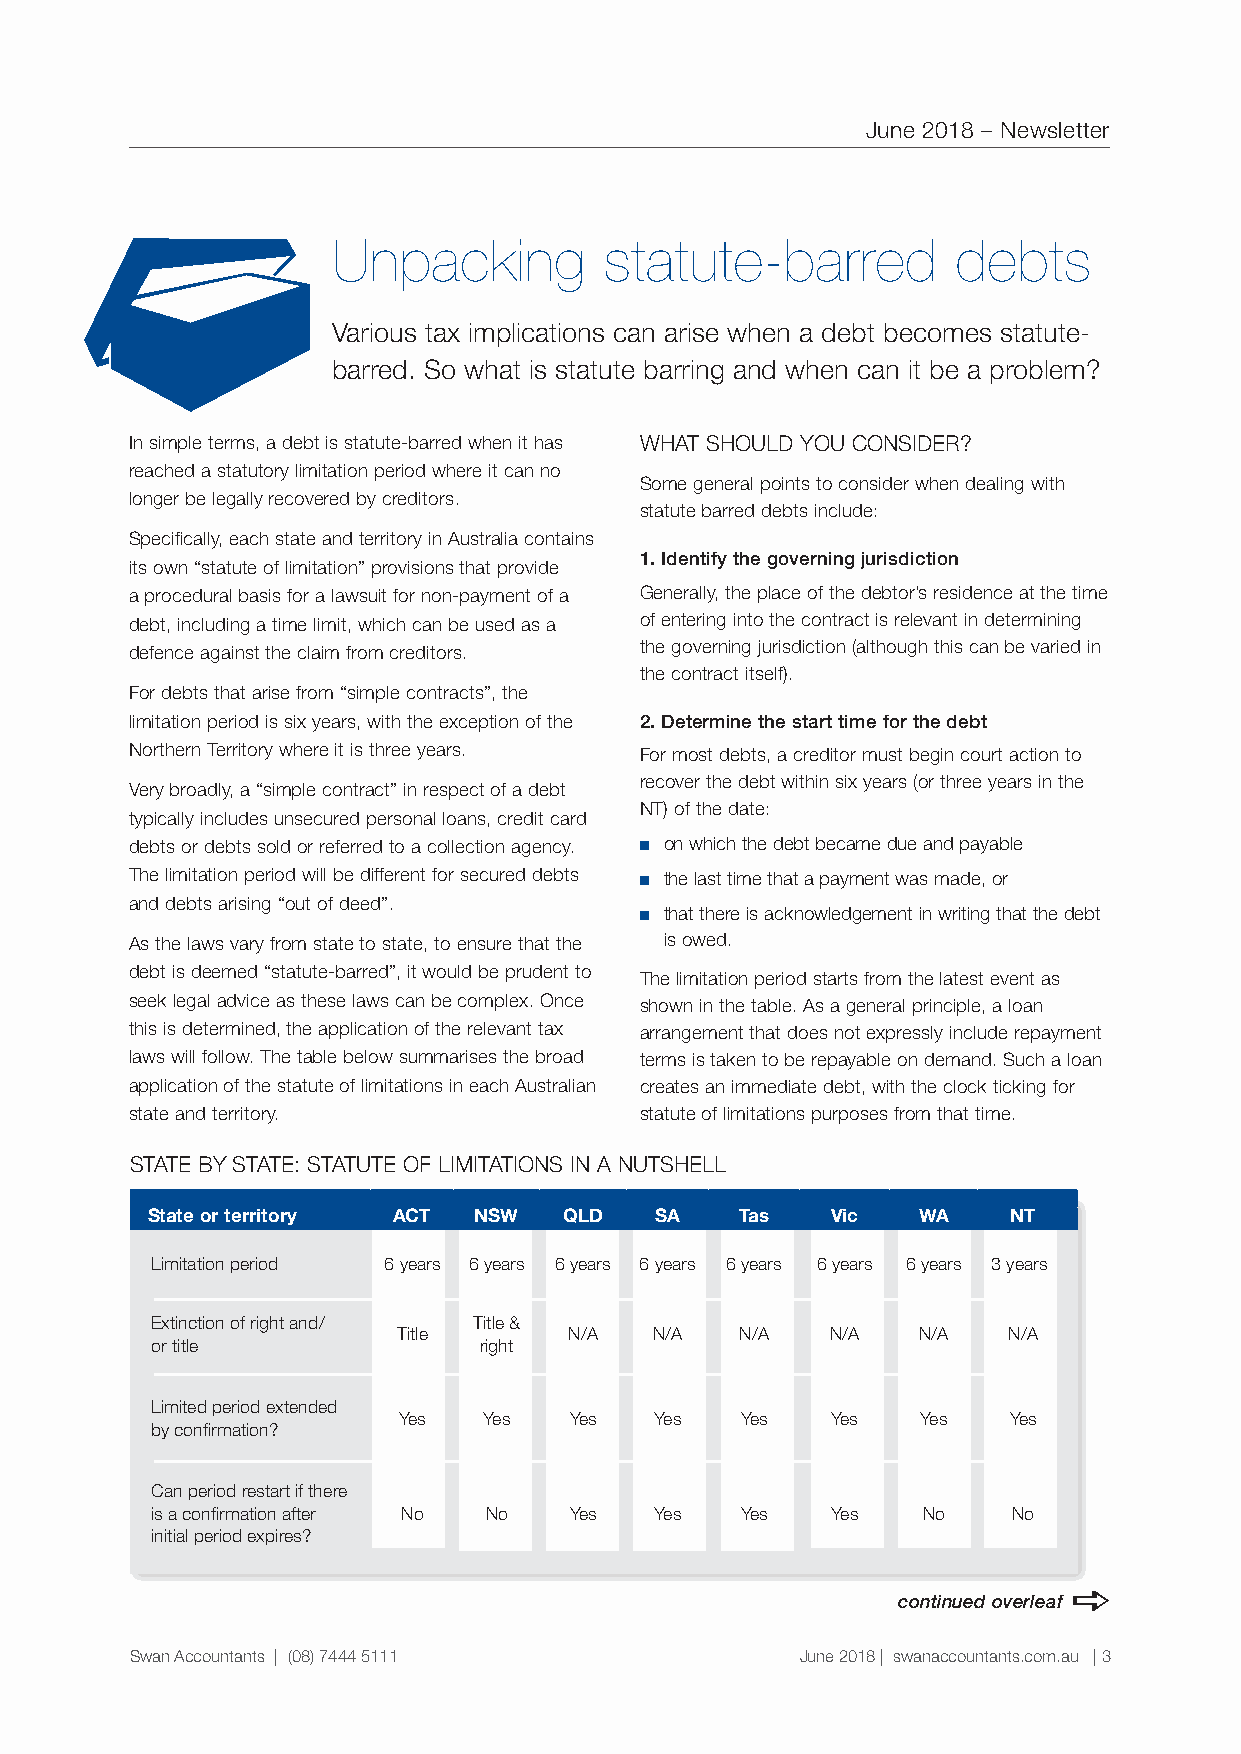
June 2018 – Newsletter
 Unpacking         statute-barred         debts
 Various tax implications can arise when a debt becomes statute-
 barred. So what is statute barring and when can it be a problem?
 In simple terms, a debt is statute-barred when it has WHAT SHOULD YOU CONSIDER?
 reached a statutory limitation period where it can no
 Some general points to consider when dealing with
 longer be legally recovered by creditors.
 statute barred debts include:
 Specifically, each state and territory in Australia contains
 1. Identify the governing jurisdiction
 its own “statute of limitation” provisions that provide
 a procedural basis for a lawsuit for non-payment of a Generally, the place of the debtor’s residence at the time
 debt, including a time limit, which can be used as a of entering into the contract is relevant in determining
 the governing jurisdiction (although this can be varied in
 defence against the claim from creditors.
 the contract itself).
 For debts that arise from “simple contracts”, the
 limitation period is six years, with the exception of the 2. Determine the start time for the debt
 Northern Territory where it is three years. For most debts, a creditor must begin court action to
 recover the debt within six years (or three years in the
 Very broadly, a “simple contract” in respect of a debt
 NT) of the date:
 typically includes unsecured personal loans, credit card
 debts or debts sold or referred to a collection agency. ■■on which the debt became due and payable
 The limitation period will be different for secured debts ■■the last time that a payment was made, or
 and debts arising “out of deed”.
 ■■that there is acknowledgement in writing that the debt
 As the laws vary from state to state, to ensure that the is owed.
 debt is deemed “statute-barred”, it would be prudent to
 The limitation period starts from the latest event as
 seek legal advice as these laws can be complex. Once shown in the table. As a general principle, a loan
 this is determined, the application of the relevant tax arrangement that does not expressly include repayment
 laws will follow. The table below summarises the broad terms is taken to be repayable on demand. Such a loan
 application of the statute of limitations in each Australian creates an immediate debt, with the clock ticking for
 state and territory.             statute of limitations purposes from that time.
 STATE BY STATE: STATUTE OF LIMITATIONS IN A NUTSHELL
 State or territory ACT NSW QLD   SA    Tas   Vic   WA    NT
 Limitation period 6 years 6 years 6 years 6 years 6 years 6 years 6 years 3 years
 Extinction of right and/ Title &
 Title       N/A  N/A   N/A   N/A   N/A   N/A
 or title              right
 Limited period extended
 Yes   Yes   Yes  Yes   Yes   Yes   Yes   Yes
 by confirmation?
 Can period restart if there
 is a confirmation after No No Yes Yes  Yes   Yes   No    No
 initial period expires?
 continued overleaf a
 Swan Accountants | (08) 7444 5111           June 2018 | swanaccountants.com.au | 3
 «